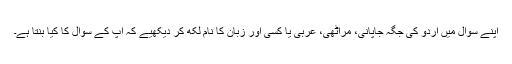
اپنے سوال میں اردو کی جگہ جاپانی، مراٹھی، عربی یا کسی اور زبان کا نام لکھ کر دیکھیے کہ آپ کے سوال کا کیا بنتا ہے۔